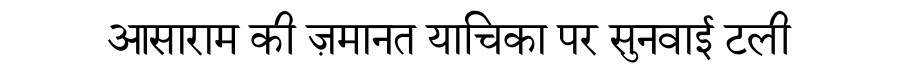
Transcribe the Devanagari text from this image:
आसाराम की ज़मानत याचिका पर सुनवाई टली